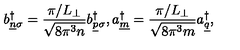
b _ { \underline { { n } } \sigma } ^ { \dagger } = \frac { \pi / L _ { \perp } } { \sqrt { 8 \pi ^ { 3 } n } } b _ { \underline { { p } } \sigma } ^ { \dagger } , a _ { \underline { { m } } } ^ { \dagger } = \frac { \pi / L _ { \perp } } { \sqrt { 8 \pi ^ { 3 } m } } a _ { \underline { { q } } } ^ { \dagger } ,